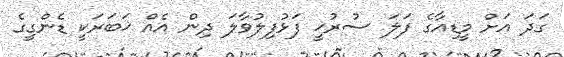
ގަދަ އަށް މީޑިއާގެ ފަލަ ސުރުޚީ ފަޅުފިލުވާލަ ދިން އެއް ޚަބަރަކީ ޑެންގީގެ